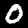
Label: 0